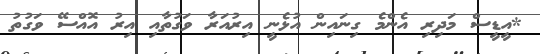
*އީޑީސް މަދިރި އެންމެ ގިނައިން އުޅެނީ އިރުއަރާ ވަގުތާއި އިރު އޮއްސޭ ވަގުތު